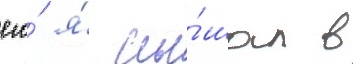
его́ я́ слы́шал в